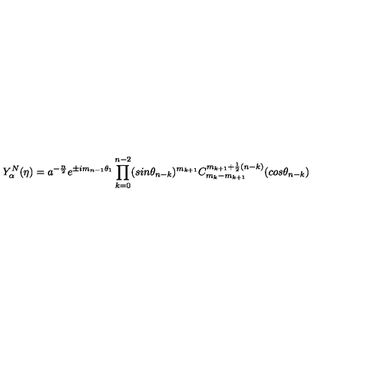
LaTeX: Y _ { \alpha } ^ { N } ( \eta ) = a ^ { - \frac { n } { 2 } } e ^ { \pm i m _ { n - 1 } \theta _ { 1 } } \prod _ { k = 0 } ^ { n - 2 } ( s i n { \theta _ { n - k } } ) ^ { m _ { k + 1 } } C _ { m _ { k } - m _ { k + 1 } } ^ { m _ { k + 1 } + \frac { 1 } { 2 } ( n - k ) } ( c o s { \theta _ { n - k } } )